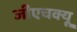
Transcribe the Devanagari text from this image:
जीएचक्यू